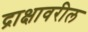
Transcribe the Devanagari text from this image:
द्राक्षावरील